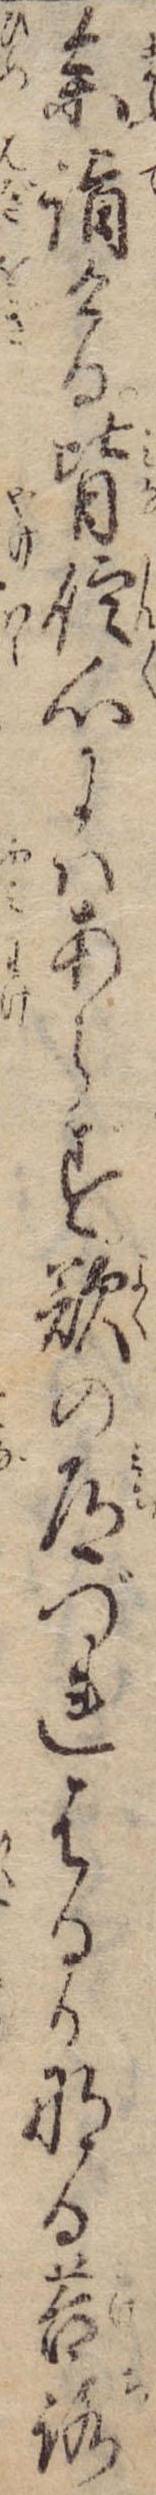
参詣ける皆信心にはあらず欲の道づれはるかなる苔路